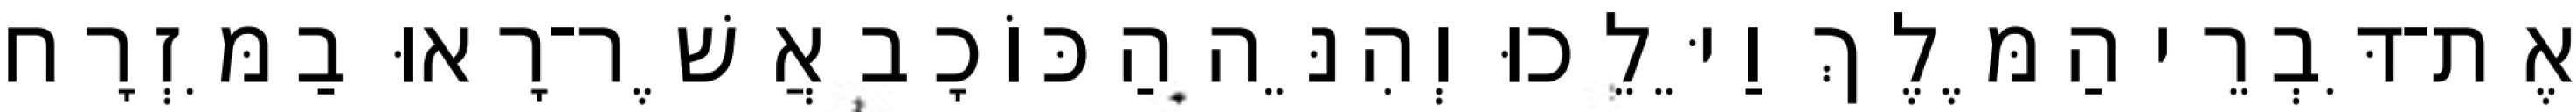
אֶת־דִּבְרֵי הַמֶּלֶךְ וַיֵּלֵכוּ וְהִנֵּה הַכּוֹכָב אֲשֶׁר־רָאוּ בַמִּזְרָח